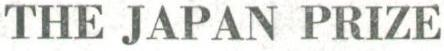
THE JAPAN PRIZE